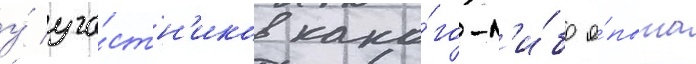
у́ уча́стн'иков како́го-л'и́бо о́пыта